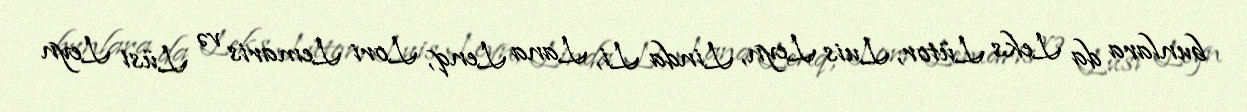
bunlara da Leks Lütor, Luis Leyn, Linda Li, Lana Lenq, Lori Lemaris və Lüsi Leyn